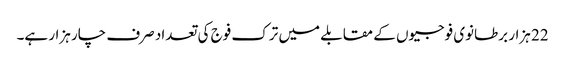
22 ہزار برطانوی فوجیوں کے مقابلے میں ترک فوج کی تعداد صرف چار ہزار ہے۔